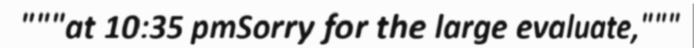
"""at 10:35 pmSorry for the large evaluate,"""